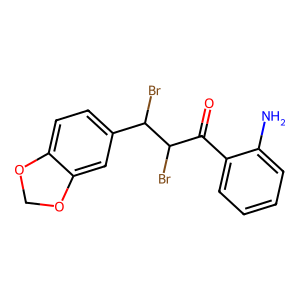
SMILES: Nc1ccccc1C(=O)C(Br)C(Br)c1ccc2c(c1)OCO2
Inhibits HIV replication: No